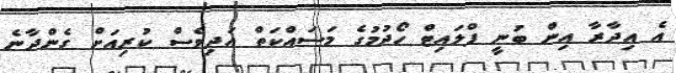
އެ އިދާރާ އިން ބުނީ ފްލައިޓް ހޯދުމުގެ މަސައްކަތް އަދިވެސް ކުރިއަށް ގެންދާނެ